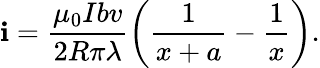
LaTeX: \mathbf{i}=\frac{{\mu_{0}Ibv}}{{2R\pi\lambda}}\left(\frac{{1}}{{x+a}}-\frac{{1}}{{x}}\right).